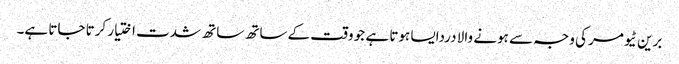
برین ٹیومر کی وجہ سے ہونے والا دردایسا ہوتا ہے جو وقت کے ساتھ ساتھ شدت اختیار کرتا جاتا ہے۔